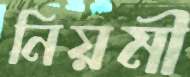
নিয়মী